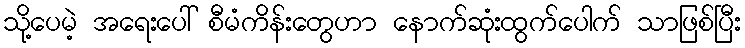
သို့ပေမဲ့ အရေးပေါ် စီမံကိန်းတွေဟာ နောက်ဆုံးထွက်ပေါက် သာဖြစ်ပြီး